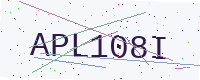
Text: APL108I